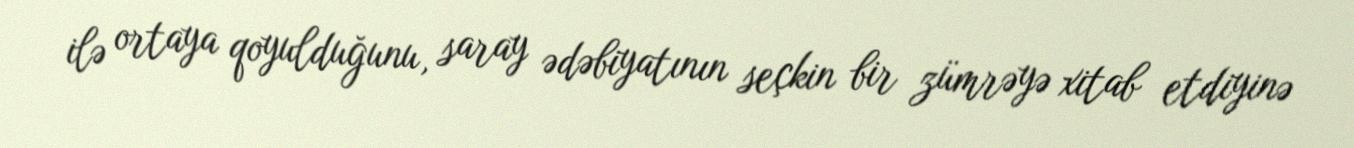
ilə ortaya qoyulduğunu, saray ədəbiyatının seçkin bir zümrəyə xitab etdiyinə